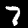
Digit: 7